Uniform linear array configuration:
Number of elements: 48
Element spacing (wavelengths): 0.25
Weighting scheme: blackman
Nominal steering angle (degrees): -15
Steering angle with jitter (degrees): -15.85
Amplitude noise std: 0.05
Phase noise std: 0.05

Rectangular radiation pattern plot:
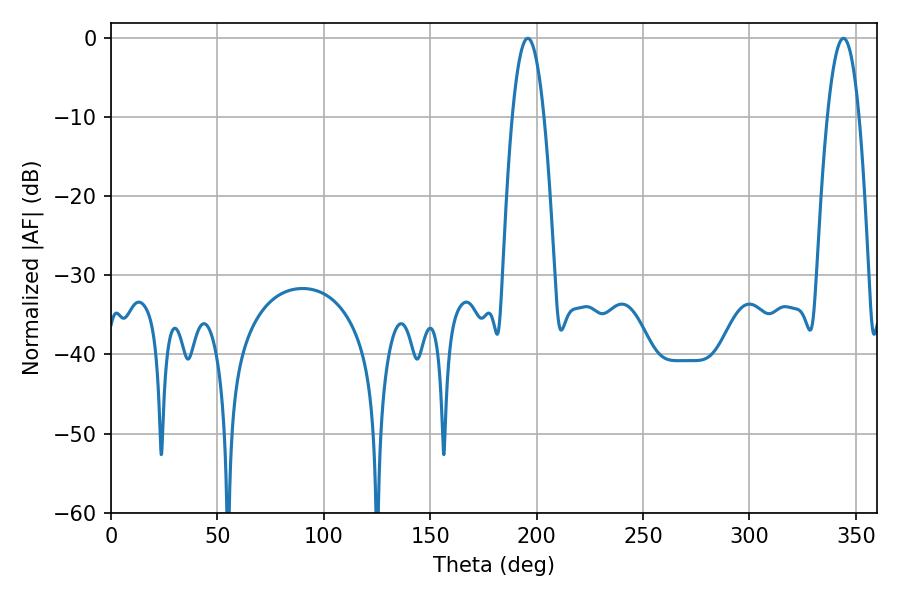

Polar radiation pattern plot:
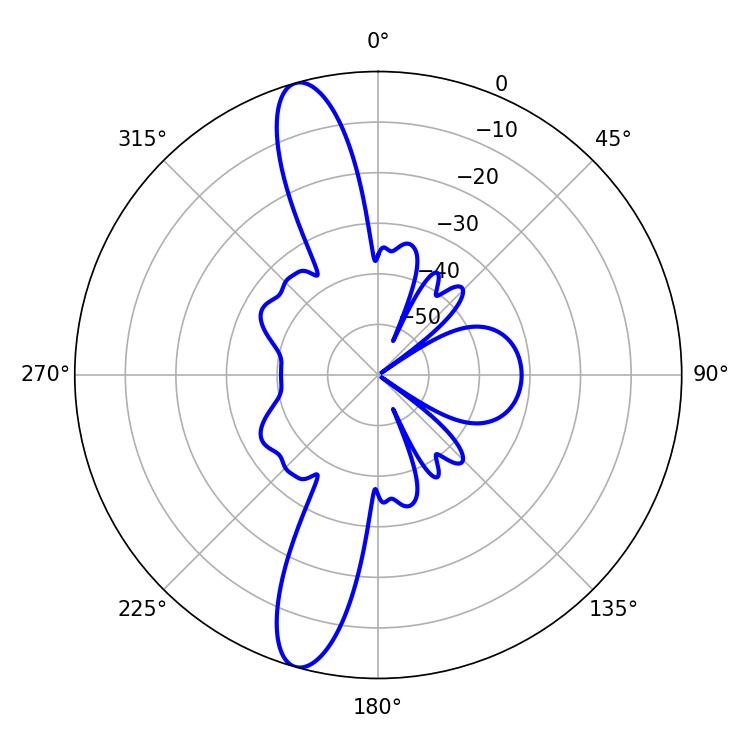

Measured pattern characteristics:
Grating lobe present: FALSE
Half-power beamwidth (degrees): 8.28
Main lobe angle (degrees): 195.84